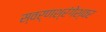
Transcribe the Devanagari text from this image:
स्वर्णश्रंगेश्वर